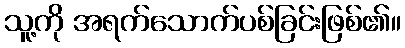
သူ့ကို အရက်သောက်ပစ်ခြင်းဖြစ်၏။